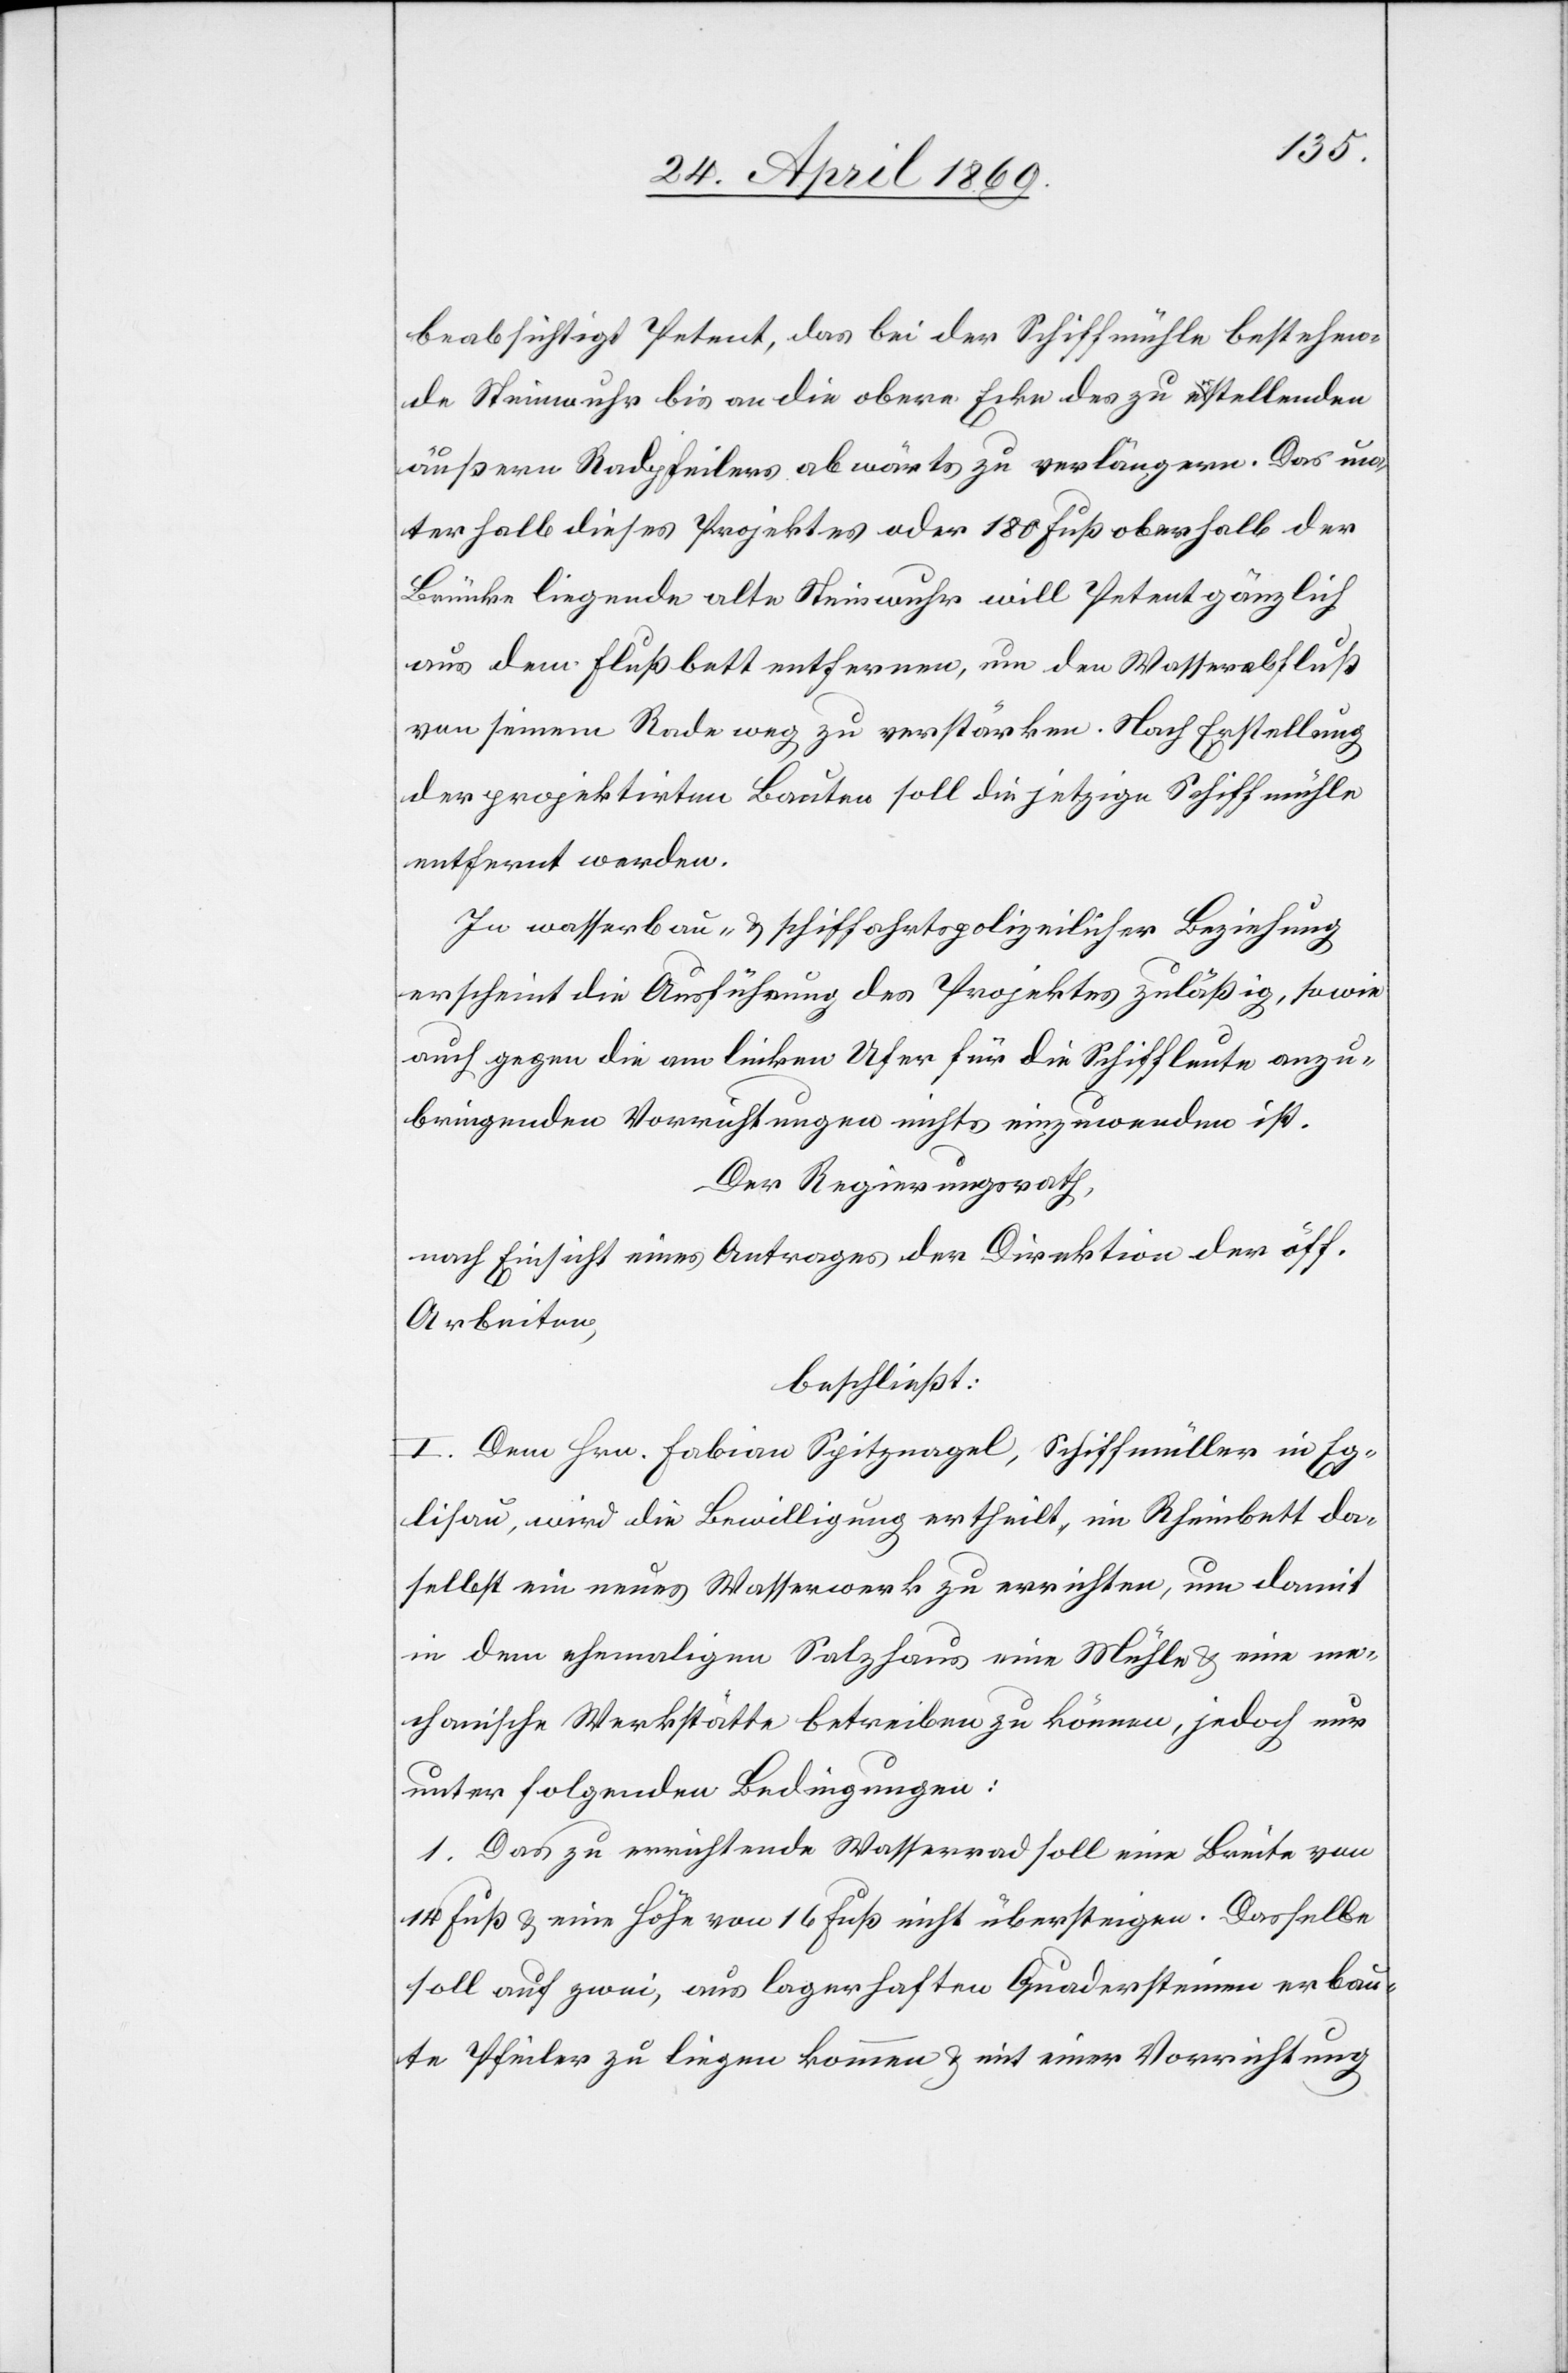
beabsichtigt Petent, das bei der Schiffmühle bestehen¬
de Steinwuhr bis an die obere Ecke des zu erstellenden
äußern Radpfeilers abwärts zu verlängern. Das un¬
terhalb dieses Projektes oder 180 Fuß oberhalb der
Brücke liegende alte Steinwuhr will Petent gänzlich
aus dem Flußbett entfernen, um den Wasserfluß
von seinem Rade weg zu verstärken. Nach Erstellung
der projektirten Bauten soll die jetzige Schiffmühle
entfernt werden.
In wasserbau- u. schiffahrtspolizeilicher Beziehung
erscheint die Ausführung des Projektes zuläßig, sowie
auch gegen die am linken Ufer für die Schiffleute anzu¬
bringenden Vorrichtungen nichts einzuwenden ist.
Der Regierungsrath,
nach Einsicht eines Antrages der Direktion der öff.
Arbeiten,
beschließt:
I. Dem Hrn. Fabian Spitznagel, Schiffmüller in Eg¬
lisau, wird die Bewilligung ertheilt, im Rheinbett da¬
selbst ein neues Wasserwerk zu errichten, um damit
in dem ehemaligen Salzhaus eine Mühle u. eine me¬
chanische Werkstätte betreiben zu können, jedoch nur
unter folgenden Bedingungen:
1. Das zu errichtende Wasserrad soll eine Breite von
14 Fuß u. eine Höhe von 16 Fuß nicht übersteigen. Dasselbe
soll auf zwei, aus lagerhaften Quadersteinen erbau¬
te Pfeiler zu liegen kommen u. mit einer Vorrichtung